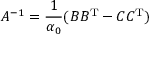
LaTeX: A ^ { - 1 } = { \frac { 1 } { \alpha _ { 0 } } } ( B B ^ { \operatorname { T } } - C C ^ { \operatorname { T } } )